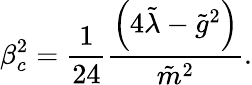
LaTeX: \beta_{c}^{2}=\frac{1}{24}\frac{\left(4\tilde{\lambda}-{\tilde{g}}^{2}\right)}{\tilde{m}^{2}}.